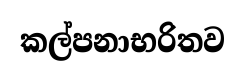
කල්පනාභරිතව